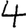
Digit: 4